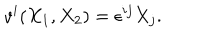
v ^ { i } ( X _ { 1 } , X _ { 2 } ) = \epsilon ^ { i j } X _ { j } .